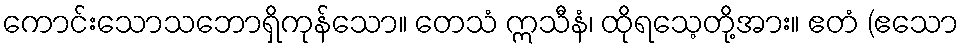
ကောင်းသောသဘောရှိကုန်သော။ တေသံ ဣသီနံ၊ ထိုရသေ့တို့အား။ ဧတံ (ဧသော